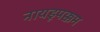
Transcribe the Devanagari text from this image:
नायडूपक्कम